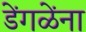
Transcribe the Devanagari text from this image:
डेंगळेंना